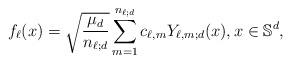
LaTeX: \begin{align*}f_\ell(x)=\sqrt{\frac{\mu_d}{n_{\ell;d}}}\sum_{m=1}^{n_{\ell;d}} c_{\ell,m} Y_{\ell,m;d}(x),x\in \mathbb{S}^d,\end{align*}